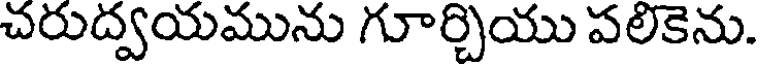
చరుద్వయమును గూర్చియు పలికెను.